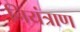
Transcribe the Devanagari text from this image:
नियंत्राण